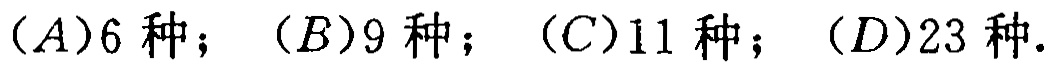
$(A)6\text{ 种}；(B)9\text{ 种}；(C)11\text{ 种}；(D)23\text{ 种}.$